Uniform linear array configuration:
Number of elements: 24
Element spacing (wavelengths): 0.25
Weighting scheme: binomial
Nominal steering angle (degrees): -60
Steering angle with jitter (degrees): -61.99
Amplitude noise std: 0.05
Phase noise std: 0.05

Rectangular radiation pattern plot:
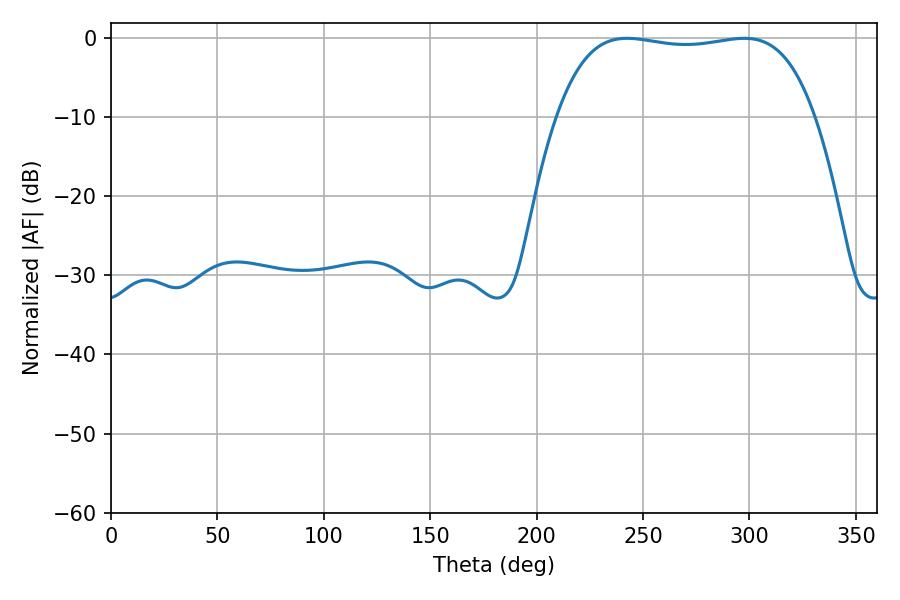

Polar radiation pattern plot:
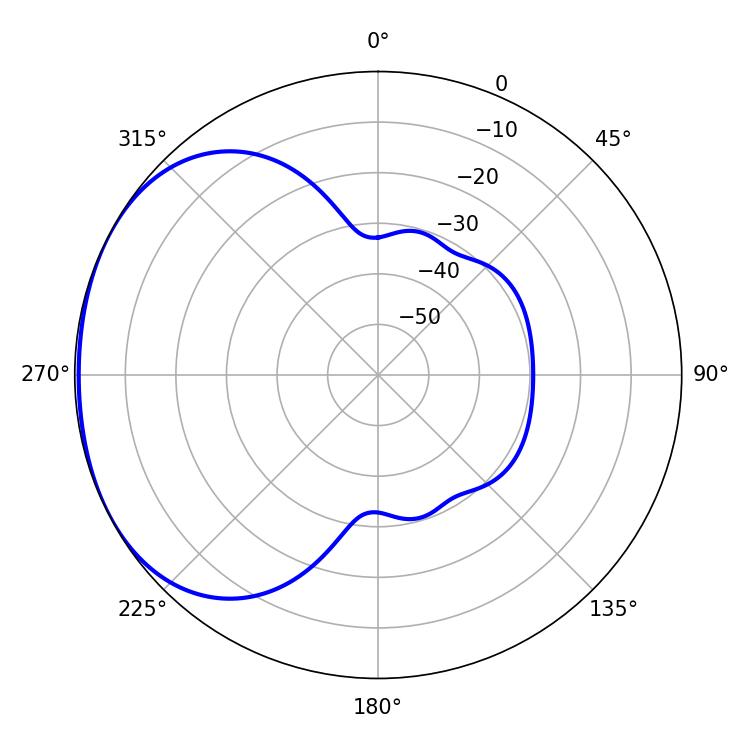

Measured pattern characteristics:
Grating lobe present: FALSE
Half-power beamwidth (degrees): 96.48
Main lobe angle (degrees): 242.46